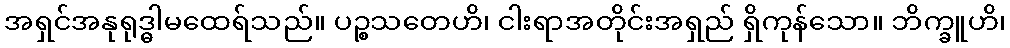
အရှင်အနုရုဒ္ဓါမထေရ်သည်။ ပဉ္စသတေဟိ၊ ငါးရာအတိုင်းအရှည် ရှိကုန်သော။ ဘိက္ခူဟိ၊